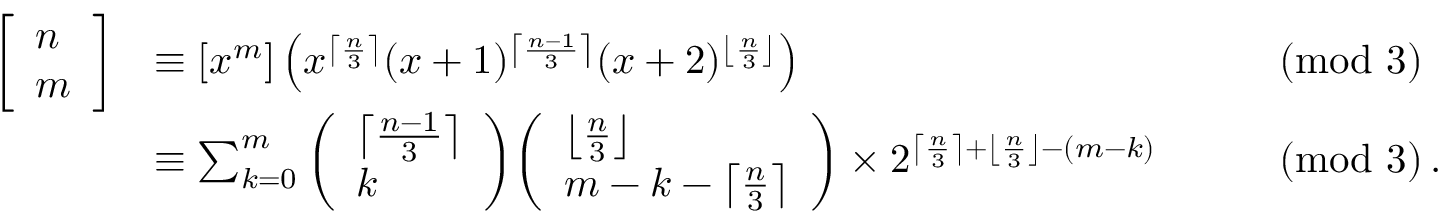
{ \begin{array} { r l r l } { { \left[ \begin{array} { l } { n } \\ { m } \end{array} \right] } } & { \equiv [ x ^ { m } ] \left( x ^ { \left\lceil { \frac { n } { 3 } } \right\rceil } ( x + 1 ) ^ { \left\lceil { \frac { n - 1 } { 3 } } \right\rceil } ( x + 2 ) ^ { \left\lfloor { \frac { n } { 3 } } \right\rfloor } \right) } & & { { \pmod { 3 } } } \\ & { \equiv \sum _ { k = 0 } ^ { m } { \left( \begin{array} { l } { \left\lceil { \frac { n - 1 } { 3 } } \right\rceil } \\ { k } \end{array} \right) } { \left( \begin{array} { l } { \left\lfloor { \frac { n } { 3 } } \right\rfloor } \\ { m - k - \left\lceil { \frac { n } { 3 } } \right\rceil } \end{array} \right) } \times 2 ^ { \left\lceil { \frac { n } { 3 } } \right\rceil + \left\lfloor { \frac { n } { 3 } } \right\rfloor - ( m - k ) } } & & { { \pmod { 3 } } \, . } \end{array} }